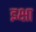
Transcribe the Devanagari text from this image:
इक्षा